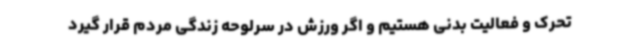
تحرک و فعالیت بدنی هستیم و اگر ورزش در سرلوحه زندگی مردم قرار گیرد